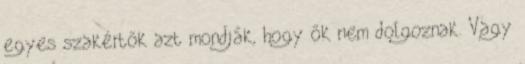
egyes szakértők azt mondják, hogy ők nem dolgoznak. Vagy